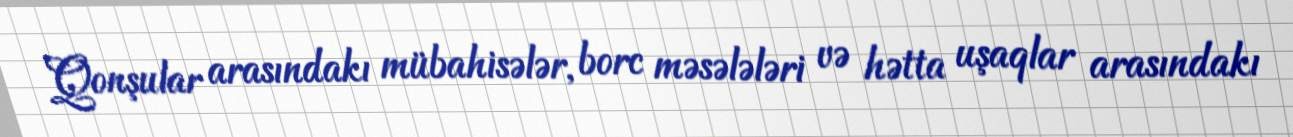
Qonşular arasındakı mübahisələr, borc məsələləri və hətta uşaqlar arasındakı